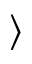
\rangle